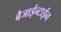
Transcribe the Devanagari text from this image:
बैजाईन्टाईन